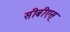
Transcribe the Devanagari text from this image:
सीबीएस्